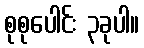
စုစုပေါင်း ၃ခုပါ။